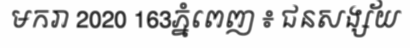
មករា 2020 163ភ្នំពេញ ៖ ជនសង្ស័យ